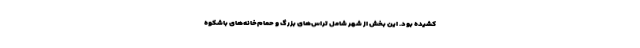
کشیده بود. این بخش از شهر شامل تراس‌های بزرگ و حمام‌خانه‌های باشکوه